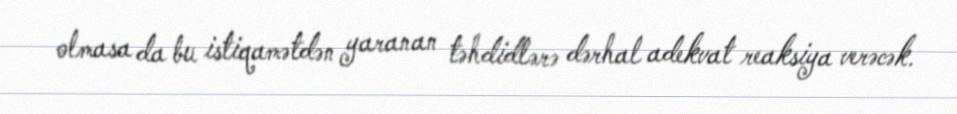
olmasa da bu istiqamətdən yaranan təhdidlərə dərhal adekvat reaksiya verəcək.